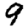
Digit: 9